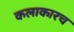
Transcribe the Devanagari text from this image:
कलाकारच